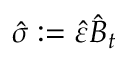
\hat { \sigma } : = \hat { \varepsilon } \hat { B } _ { t }